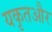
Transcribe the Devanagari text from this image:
यकृतऔर